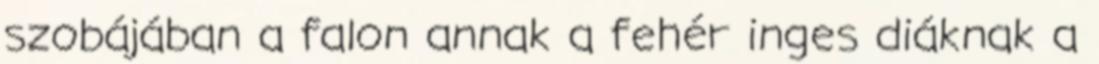
szobájában a falon annak a fehér inges diáknak a